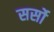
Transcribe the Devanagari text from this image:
सर्सो